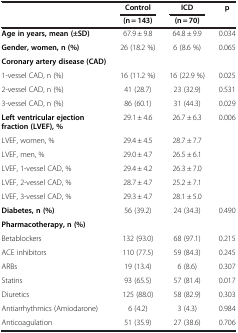
<table><thead><tr><td><b> </b></td><td><b>Control</b></td><td><b>ICD</b></td><td><b>p</b></td></tr><tr><td><b> </b></td><td><b>(n = 143)</b></td><td><b>(n = 70)</b></td><td><b> </b></td></tr></thead><tbody><tr><td><b>Age in years, mean (±SD)</b></td><td>67.9 ± 9.8</td><td>64.8 ± 9.9</td><td>0.034</td></tr><tr><td><b>Gender, women, n (%)</b></td><td>26 (18.2 %)</td><td>6 (8.6 %)</td><td>0.065</td></tr><tr><td><b>Coronary artery disease (CAD)</b></td><td> </td><td> </td><td> </td></tr><tr><td>1-vessel CAD, n (%)</td><td>16 (11.2 %)</td><td>16 (22.9 %)</td><td>0.025</td></tr><tr><td>2-vessel CAD, n (%)</td><td>41 (28.7)</td><td>23 (32.9)</td><td>0.531</td></tr><tr><td>3-vessel CAD, n (%)</td><td>86 (60.1)</td><td>31 (44.3)</td><td>0.029</td></tr><tr><td><b>Left ventricular ejection fraction (LVEF), %</b></td><td>29.1 ± 4.6</td><td>26.7 ± 6.3</td><td>0.006</td></tr><tr><td>LVEF, women, %</td><td>29.4 ± 4.5</td><td>28.7 ± 7.7</td><td> </td></tr><tr><td>LVEF, men, %</td><td>29.0 ± 4.7</td><td>26.5 ± 6.1</td><td> </td></tr><tr><td>LVEF, 1-vessel CAD, %</td><td>29.4 ± 4.2</td><td>26.3 ± 7.0</td><td> </td></tr><tr><td>LVEF, 2-vessel CAD, %</td><td>28.7 ± 4.7</td><td>25.2 ± 7.1</td><td> </td></tr><tr><td>LVEF, 3-vessel CAD, %</td><td>29.3 ± 4.7</td><td>28.1 ± 5.0</td><td> </td></tr><tr><td><b>Diabetes, n (%)</b></td><td>56 (39.2)</td><td>24 (34.3)</td><td>0.490</td></tr><tr><td><b>Pharmacotherapy, n (%)</b></td><td> </td><td> </td><td> </td></tr><tr><td>Betablockers</td><td>132 (93.0)</td><td>68 (97.1)</td><td>0.215</td></tr><tr><td>ACE inhibitors</td><td>110 (77.5)</td><td>59 (84.3)</td><td>0.245</td></tr><tr><td>ARBs</td><td>19 (13.4)</td><td>6 (8.6)</td><td>0.307</td></tr><tr><td>Statins</td><td>93 (65.5)</td><td>57 (81.4)</td><td>0.017</td></tr><tr><td>Diuretics</td><td>125 (88.0)</td><td>58 (82.9)</td><td>0.303</td></tr><tr><td>Antiarrhythmics (Amiodarone)</td><td>6 (4.2)</td><td>3 (4.3)</td><td>0.984</td></tr><tr><td>Anticoagulation</td><td>51 (35.9)</td><td>27 (38.6)</td><td>0.706</td></tr></tbody></table>